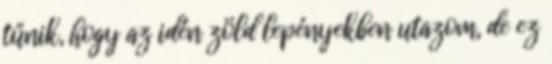
tűnik, hogy az idén zöld lepényekben utazom, de ez